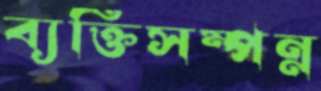
ব্যক্তিসম্পন্ন